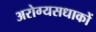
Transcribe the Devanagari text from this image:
अरोग्यसधाकों